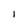
Character: I